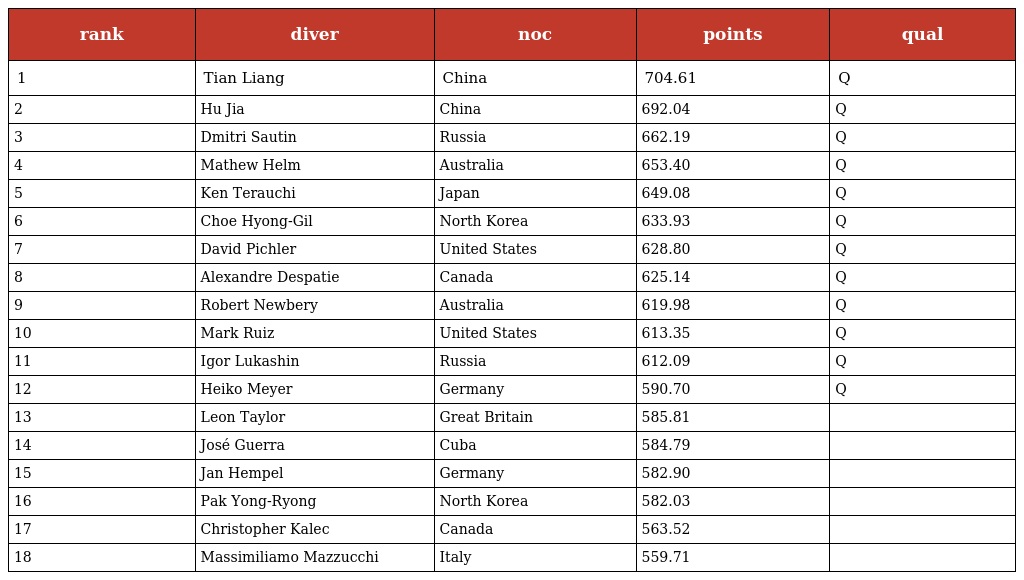
| rank | diver | noc | points | qual |
 | --- | --- | --- | --- | --- |
 | 1 | Tian Liang | China | 704.61 | Q |
 | 2 | Hu Jia | China | 692.04 | Q |
 | 3 | Dmitri Sautin | Russia | 662.19 | Q |
 | 4 | Mathew Helm | Australia | 653.40 | Q |
 | 5 | Ken Terauchi | Japan | 649.08 | Q |
 | 6 | Choe Hyong-Gil | North Korea | 633.93 | Q |
 | 7 | David Pichler | United States | 628.80 | Q |
 | 8 | Alexandre Despatie | Canada | 625.14 | Q |
 | 9 | Robert Newbery | Australia | 619.98 | Q |
 | 10 | Mark Ruiz | United States | 613.35 | Q |
 | 11 | Igor Lukashin | Russia | 612.09 | Q |
 | 12 | Heiko Meyer | Germany | 590.70 | Q |
 | 13 | Leon Taylor | Great Britain | 585.81 |  |
 | 14 | José Guerra | Cuba | 584.79 |  |
 | 15 | Jan Hempel | Germany | 582.90 |  |
 | 16 | Pak Yong-Ryong | North Korea | 582.03 |  |
 | 17 | Christopher Kalec | Canada | 563.52 |  |
 | 18 | Massimiliamo Mazzucchi | Italy | 559.71 |  |